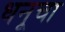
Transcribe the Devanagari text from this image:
धनूचा